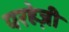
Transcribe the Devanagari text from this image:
परहेज़ी